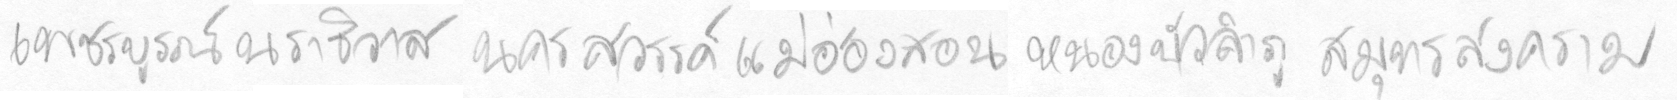
เพชรบรูณ์นราธิวาสนครสววรรค์แม่ฮ่องสอนหนองบัวลำภูสมุทรสงคราม